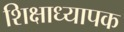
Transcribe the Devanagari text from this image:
शिक्षाध्यापक